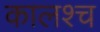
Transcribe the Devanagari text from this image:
कालश्च